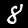
Label: 8